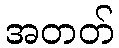
အတတ်